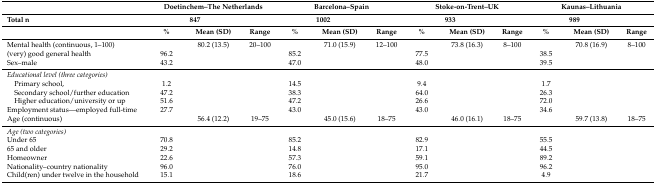
<table><thead><tr><td></td><td colspan="3"><b>Doetinchem–The Netherlands</b></td><td colspan="3"><b>Barcelona–Spain</b></td><td colspan="3"><b>Stoke-on-Trent–UK</b></td><td colspan="3"><b>Kaunas–Lithuania</b></td></tr><tr><td><b>Total n</b></td><td colspan="2"><b>847</b></td><td></td><td colspan="2"><b>1002</b></td><td></td><td colspan="2"><b>933</b></td><td></td><td colspan="2"><b>989</b></td><td></td></tr><tr><td></td><td><b>%</b></td><td><b>Mean (SD)</b></td><td><b>Range</b></td><td><b>%</b></td><td><b>Mean (SD)</b></td><td><b>Range</b></td><td><b>%</b></td><td><b>Mean (SD)</b></td><td><b>Range</b></td><td><b>%</b></td><td><b>Mean (SD)</b></td><td><b>Range</b></td></tr></thead><tbody><tr><td>Mental health (continuous, 1–100)</td><td></td><td>80.2 (13.5)</td><td>20–100</td><td></td><td>71.0 (15.9)</td><td>12–100</td><td></td><td>73.8 (16.3)</td><td>8–100</td><td></td><td>70.8 (16.9)</td><td>8–100</td></tr><tr><td>(very) good general health</td><td>96.2</td><td></td><td></td><td>85.2</td><td></td><td></td><td>77.5</td><td></td><td></td><td>38.5</td><td></td><td></td></tr><tr><td>Sex–male</td><td>43.2</td><td></td><td></td><td>47.0</td><td></td><td></td><td>48.0</td><td></td><td></td><td>39.5</td><td></td><td></td></tr><tr><td><i>Educational level (three categories)</i></td><td></td><td></td><td></td><td></td><td></td><td></td><td></td><td></td><td></td><td></td><td></td><td></td></tr><tr><td> Primary school,</td><td>1.2</td><td></td><td></td><td>14.5</td><td></td><td></td><td>9.4</td><td></td><td></td><td>1.7</td><td></td><td></td></tr><tr><td> Secondary school/further education</td><td>47.2</td><td></td><td></td><td>38.3</td><td></td><td></td><td>64.0</td><td></td><td></td><td>26.3</td><td></td><td></td></tr><tr><td> Higher education/university or up</td><td>51.6</td><td></td><td></td><td>47.2</td><td></td><td></td><td>26.6</td><td></td><td></td><td>72.0</td><td></td><td></td></tr><tr><td>Employment status—employed full-time</td><td>27.7</td><td></td><td></td><td>43.0</td><td></td><td></td><td>43.0</td><td></td><td></td><td>34.6</td><td></td><td></td></tr><tr><td>Age (continuous)</td><td></td><td>56.4 (12.2)</td><td>19–75</td><td></td><td>45.0 (15.6)</td><td>18–75</td><td></td><td>46.0 (16.1)</td><td>18–75</td><td></td><td>59.7 (13.8)</td><td>18–75</td></tr><tr><td><i>Age (two categories)</i></td><td></td><td></td><td></td><td></td><td></td><td></td><td></td><td></td><td></td><td></td><td></td><td></td></tr><tr><td>Under 65</td><td>70.8</td><td></td><td></td><td>85.2</td><td></td><td></td><td>82.9</td><td></td><td></td><td>55.5</td><td></td><td></td></tr><tr><td>65 and older</td><td>29.2</td><td></td><td></td><td>14.8</td><td></td><td></td><td>17.1</td><td></td><td></td><td>44.5</td><td></td><td></td></tr><tr><td>Homeowner </td><td>22.6</td><td></td><td></td><td>57.3</td><td></td><td></td><td>59.1</td><td></td><td></td><td>89.2</td><td></td><td></td></tr><tr><td>Nationality–country nationality</td><td>96.0</td><td></td><td></td><td>76.0</td><td></td><td></td><td>95.0</td><td></td><td></td><td>96.2</td><td></td><td></td></tr><tr><td>Child(ren) under twelve in the household</td><td>15.1</td><td></td><td></td><td>18.6</td><td></td><td></td><td>21.7</td><td></td><td></td><td>4.9</td><td></td><td></td></tr></tbody></table>